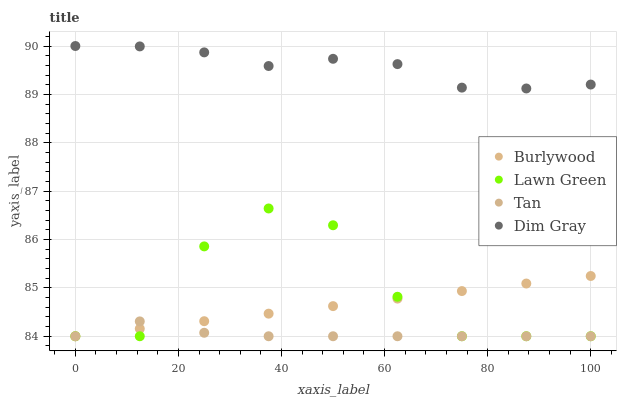
| xaxis_label | Burlywood | Lawn Green | Tan | Dim Gray |
 | --- | --- | --- | --- | --- |
 | 0 | 84 | 84 | 84 | 90 |
 | 12.5 | 84.2 | 84 | 84.3 | 90 |
 | 25 | 84.3 | 85.9 | 84.1 | 89.9 |
 | 37.5 | 84.5 | 86.6 | 84 | 89.6 |
 | 50 | 84.6 | 86.3 | 84 | 89.7 |
 | 62.5 | 84.8 | 84.8 | 84 | 89.6 |
 | 75 | 84.9 | 84 | 84 | 89.1 |
 | 87.5 | 85.1 | 84 | 84 | 89.1 |
 | 100 | 85.2 | 84 | 84 | 89.2 |